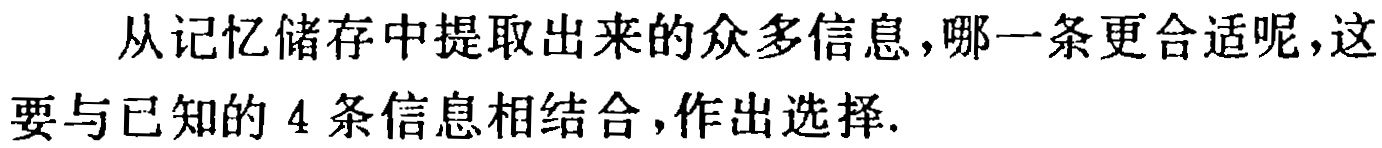
从记忆储存中提取出来的众多信息，哪一条更合适呢，这要与已知的 4 条信息相结合，作出选择.